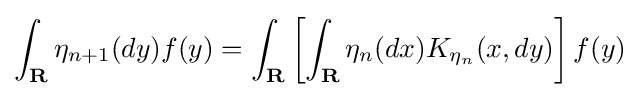
\int _{\mathbf {R} }\eta _{n+1}(dy)f(y)=\int _{\mathbf {R} }\left[\int _{\mathbf {R} }\eta _{n}(dx)K_{\eta _{n}}(x,dy)\right]f(y)